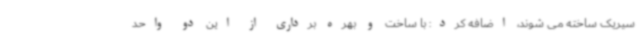
سیریک ساخته می شوند، اضافه کرد: با ساخت و بهره برداری از این دو واحد